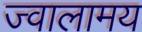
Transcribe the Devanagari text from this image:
ज्वालामय